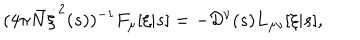
( 4 \pi { \bar { N } } \dot { \xi } ^ { 2 } ( s ) ) ^ { - 1 } F _ { \mu } [ \xi | s ] = - { \cal D } ^ { \nu } ( s ) L _ { \mu \nu } [ \xi | s ] ,